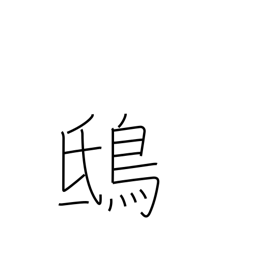
Meaning: kite